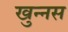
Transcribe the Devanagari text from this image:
खुन्नस